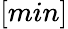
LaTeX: [min]